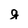
Character: g